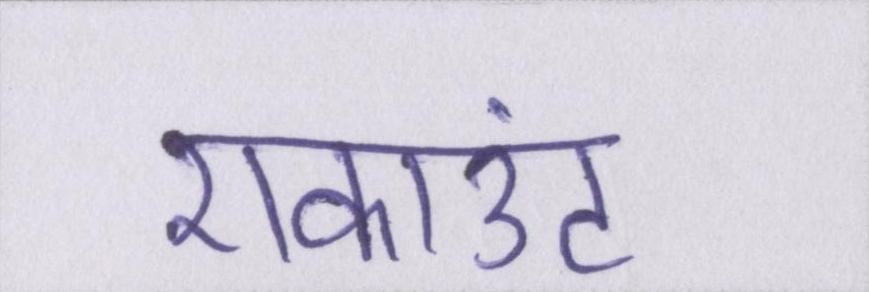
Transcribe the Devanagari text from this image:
एकाउंट